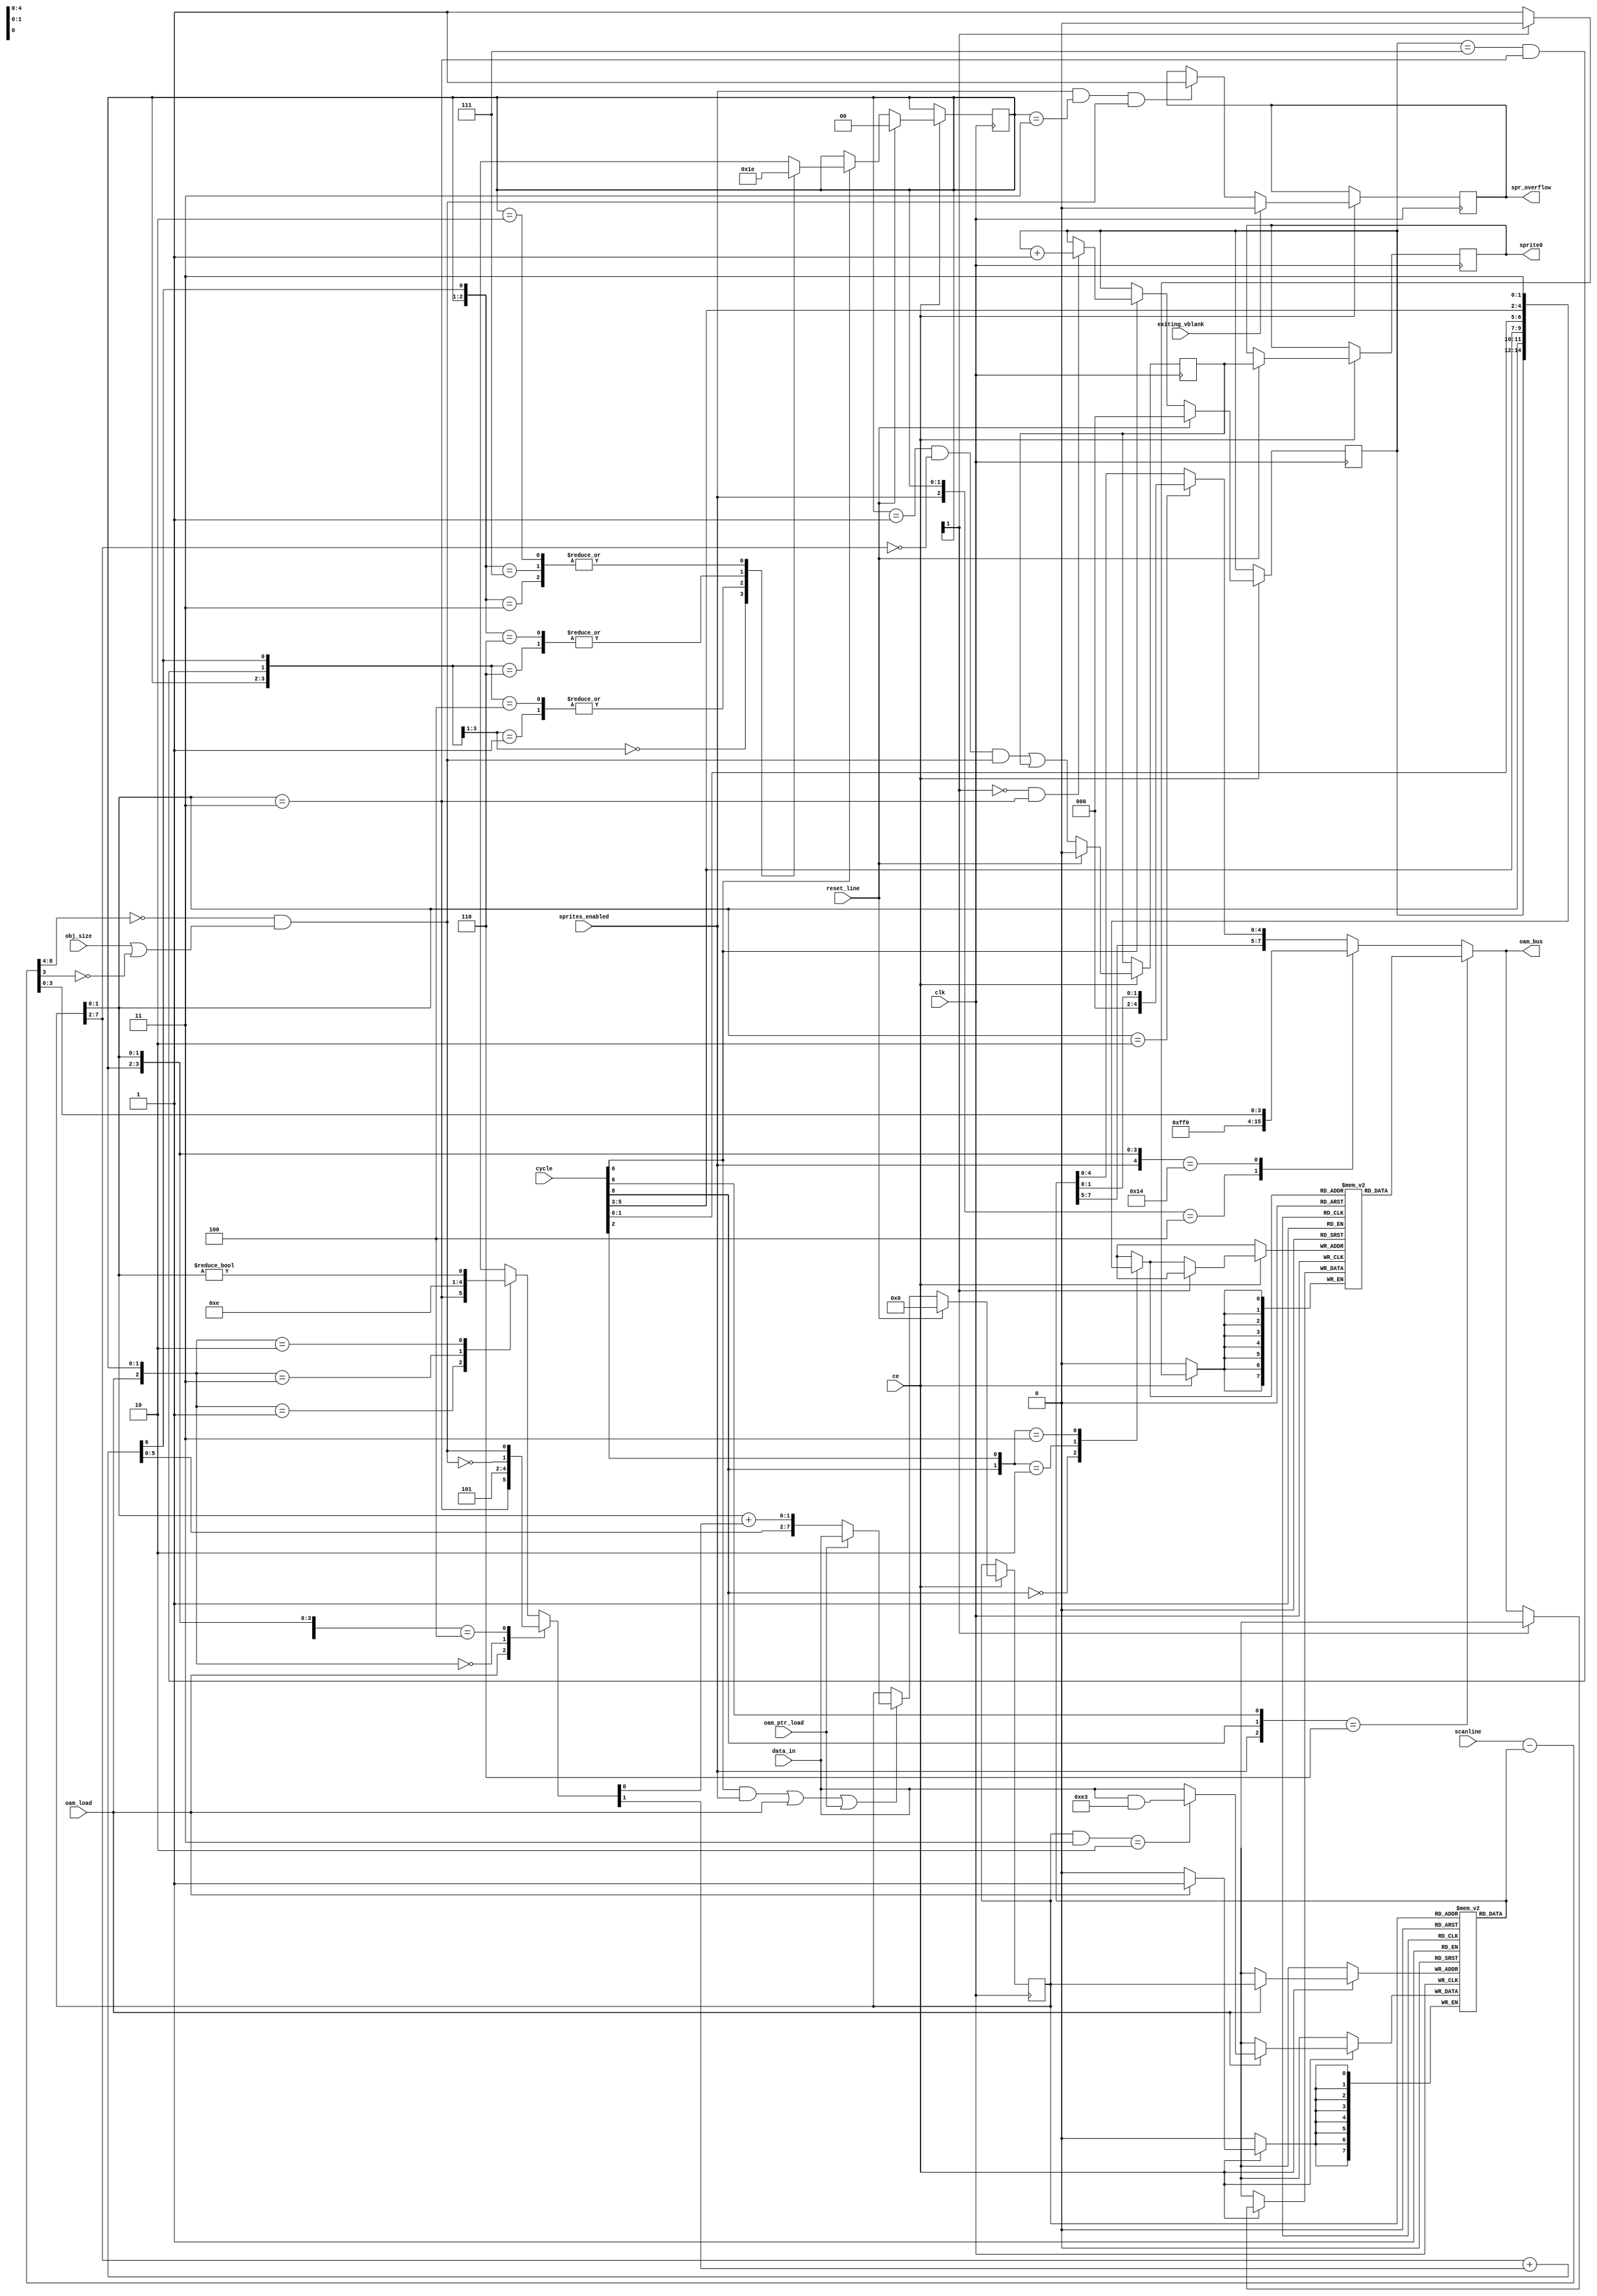
module SpriteRAM_1(input clk, input ce,
                 input reset_line,          
                 input sprites_enabled,     
                 input exiting_vblank,      
                 input obj_size,            
                 input [8:0] scanline,      
                 input [8:0] cycle,         
                 output reg [7:0] oam_bus,  
                 input oam_ptr_load,        
                 input oam_load,            
                 input [7:0] data_in,       
                 output reg spr_overflow,   
                 output reg sprite0);       
  reg [7:0] sprtemp[0:31];   
  reg [7:0] oam[0:255];      
  reg [7:0] oam_ptr;         
  reg [2:0] p;               
  reg [1:0] state;           
  wire [7:0] oam_data = oam[oam_ptr];
  reg [4:0] sprtemp_ptr;
  wire [8:0] spr_y_coord = scanline - {1'b0, oam_data};
  wire spr_is_inside = (spr_y_coord[8:4] == 0) && (obj_size || spr_y_coord[3] == 0);
  reg [7:0] new_oam_ptr;     
  reg [1:0] oam_inc;         
  reg sprite0_curr;          
  reg oam_wrapped;           
  wire [7:0] sprtemp_data = sprtemp[sprtemp_ptr];
  always @*  begin
    casez({cycle[8], cycle[2]}) 
    2'b0_?: sprtemp_ptr = {p, oam_ptr[1:0]};
    2'b1_0: sprtemp_ptr = {cycle[5:3], cycle[1:0]}; 
    2'b1_1: sprtemp_ptr = {cycle[5:3], 2'b11};      
    endcase
  end
  always @* begin
    casez({sprites_enabled, cycle[8], cycle[6], state, oam_ptr[1:0]})
    7'b1_10_??_??: oam_bus = sprtemp_data;         
    7'b1_??_00_??: oam_bus = 8'b11111111;                  
    7'b1_??_01_00: oam_bus = {4'b0000, spr_y_coord[3:0]};  
    7'b?_??_??_10: oam_bus = {oam_data[7:5], 3'b000, oam_data[1:0]}; 
    default:       oam_bus = oam_data;                     
    endcase
  end
  always @* begin
    casez ({oam_load, state, oam_ptr[1:0]})
    5'b1_??_??: oam_inc = {oam_ptr[1:0] == 3, 1'b1};       
    5'b0_00_??: oam_inc = 2'b01;                           
    5'b0_01_00: oam_inc = {!spr_is_inside, spr_is_inside}; 
    5'b0_01_??: oam_inc = {oam_ptr[1:0] == 3, 1'b1};       
    5'b0_11_??: oam_inc = 2'b11;
    5'b0_10_??: oam_inc = {1'b0, oam_ptr[1:0] != 0};
    endcase
    new_oam_ptr[1:0] = oam_ptr[1:0] + {1'b0, oam_inc[0]};
    {oam_wrapped, new_oam_ptr[7:2]} = {1'b0, oam_ptr[7:2]} + {6'b0, oam_inc[1]};
  end
  always @(posedge clk) if (ce) begin
    if (oam_load)
      oam[oam_ptr] <= (oam_ptr & 3) == 2 ? data_in & 8'hE3: data_in;
    if (cycle[0] && sprites_enabled || oam_load || oam_ptr_load) begin
      oam_ptr <= oam_ptr_load ? data_in : new_oam_ptr;
    end
    if (sprites_enabled && state == 2'b11 && spr_is_inside)
      spr_overflow <= 1;
    sprite0_curr <= (state == 2'b01 && oam_ptr[7:2] == 0 && spr_is_inside || sprite0_curr);
    if (!state[1]) sprtemp[sprtemp_ptr] <= oam_bus;
    if (cycle[0]) begin
      if (!state[1] && oam_ptr[1:0] == 2'b11) p <= p + 1;
      casez({state, (p == 7) && (oam_ptr[1:0] == 2'b11), oam_wrapped})
      4'b00_0_?: state <= 2'b00;  
      4'b00_1_?: state <= 2'b01;  
      4'b01_?_1: state <= 2'b10;  
      4'b01_1_0: state <= 2'b11;  
      4'b01_0_0: state <= 2'b01;  
      4'b11_?_1: state <= 2'b10;  
      4'b11_?_0: state <= 2'b11;  
      4'b10_?_?: state <= 2'b10;  
      endcase
    end
    if (reset_line) begin
      state <= 0;
      p <= 0;
      oam_ptr <= 0;
      sprite0_curr <= 0;
      sprite0 <= sprite0_curr;
    end
    if (exiting_vblank)
      spr_overflow <= 0;
  end
endmodule